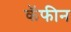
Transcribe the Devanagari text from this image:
कॅफीन